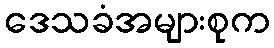
ဒေသခံအများစုက